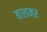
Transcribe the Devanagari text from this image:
बालमर